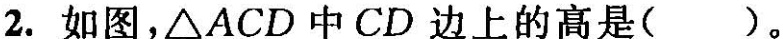
2.如图,△ACD中CD 边上的高是( )。